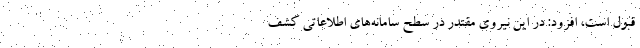
قبول است، افزود: در این نیروی مقتدر در سطح سامانه‌های اطلاعاتی کشف